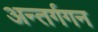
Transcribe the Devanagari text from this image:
अन्तर्गगन